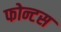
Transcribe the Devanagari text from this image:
फोन्टस